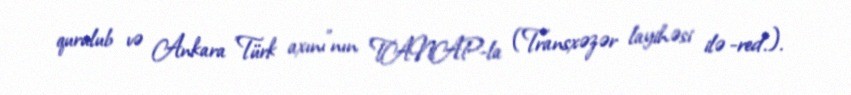
qurulub və Ankara ”Türk axını"nın TANAP-la (Transxəzər layihəsi ilə -red.).